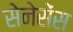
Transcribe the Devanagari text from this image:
सेनेसेंस